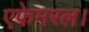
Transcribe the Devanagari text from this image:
एफेमरल।